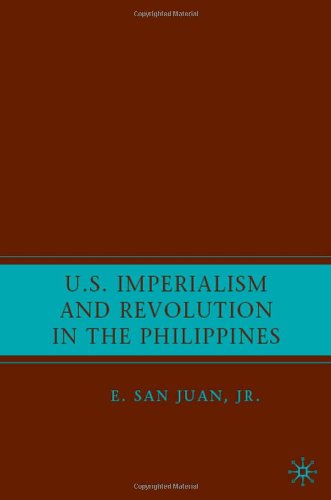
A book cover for U.S. Imperialism and Revolution in the Philippines; E. San Juan Jr.; History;